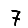
Digit: 7